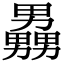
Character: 𪟧